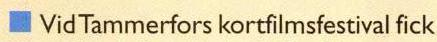
 Vid Tammerfors kortfilmsfestival fick